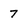
Character: 7